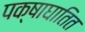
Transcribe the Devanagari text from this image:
पक्षाघातित